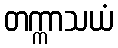
တက္ကာသယံ